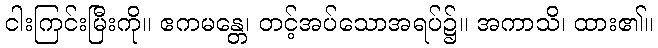
ငါးကြင်းမြီးကို။ ဧကမန္တေ၊ တင့်အပ်သောအရပ်၌။ အကာသိ၊ ထား၏။